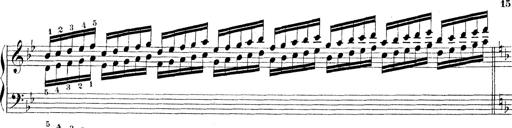
Title: Technische Studien
Composer: Franz Liszt